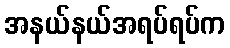
အနယ်နယ်အရပ်ရပ်က